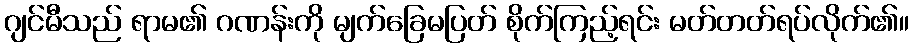
ဂျင်မီသည် ရာမ၏ ဂဏန်းကို မျက်ခြေမပြတ် စိုက်ကြည့်ရင်း မတ်တတ်ရပ်လိုက်၏။